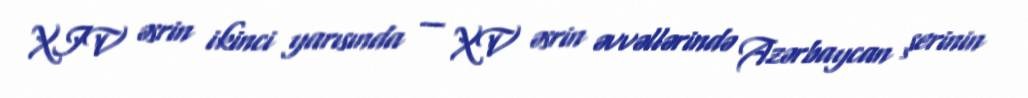
XIV əsrin ikinci yarısında — XV əsrin əvvəllərində Azərbaycan şerinin